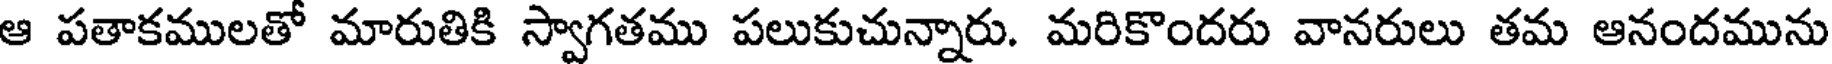
ఆ పతాకములతో మారుతికి స్వాగతము పలుకుచున్నారు. మరికొందరు వానరులు తమ ఆనందమును